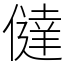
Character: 㒓